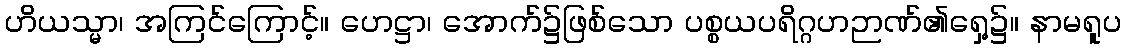
ဟိယသ္မာ၊ အကြင်ကြောင့်။ ဟေဋ္ဌာ၊ အောက်၌ဖြစ်သော ပစ္စယပရိဂ္ဂဟဉာဏ်၏ရှေ့၌။ နာမရူပ